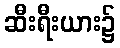
ဆီးရီးယား၌